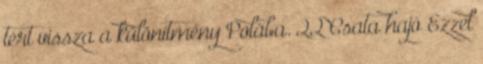
tért vissza a különítmény Polába. 22 Csata hajó Ezzel